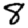
Digit: 8